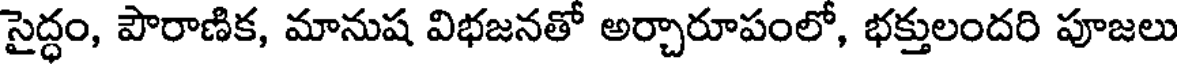
సైద్ధం, పౌరాణిక, మానుష విభజనతో అర్చారూపంలో, భక్తులందరి పూజలు